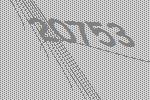
20753